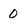
Character: 0